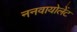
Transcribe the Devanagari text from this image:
ननवायोलेंट